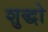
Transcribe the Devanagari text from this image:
शुद्धो